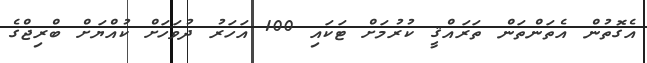
އެގޮތުން އެތަންތަން ތަރައްޤީ ކުރުމަށް ޓަކައި 100 އަހަރު ދުވަހަށް ކުއްޔަށް ބްރިޖްގެ